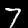
Label: 7